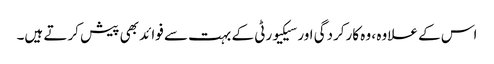
اس کے علاوہ ، وہ کارکردگی اور سیکیورٹی کے بہت سے فوائد بھی پیش کرتے ہیں۔